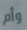
وأم